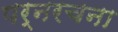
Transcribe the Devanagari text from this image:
पर्नरचना